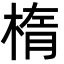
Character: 楕